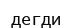
дегди